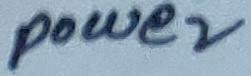
Text: power